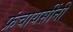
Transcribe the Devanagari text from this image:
फ्रंचायसींनी